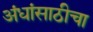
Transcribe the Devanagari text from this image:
अंधांसाठीचा